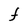
Character: F